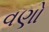
વણો